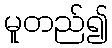
မူတည်၍